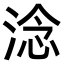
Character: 淰